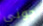
جوني